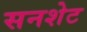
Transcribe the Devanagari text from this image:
सनशेट